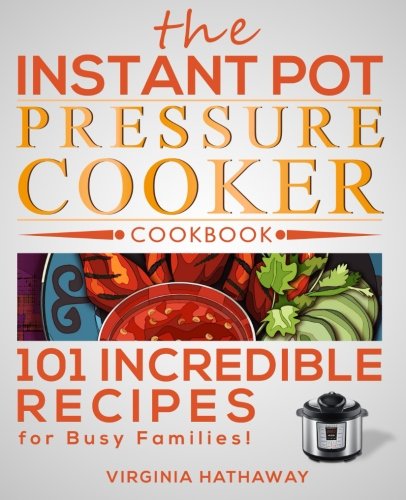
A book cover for The Instant Pot Pressure Cooker Cookbook: 101 Incredible Recipes for Busy Families!; Virginia Hathaway; Cookbooks, Food & Wine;